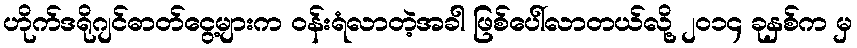
ဟိုက်ဒရိုဂျင်ဓာတ်ငွေ့များက ဝန်းရံလာတဲ့အခါ ဖြစ်ပေါ်လာတယ်လို့ ၂၀၁၄ ခုနှစ်က မှ